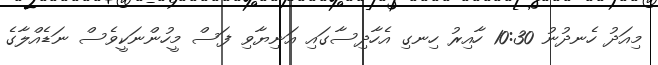
މިއަދު ހެނދުނު 10:30 ހާއިރު ހިނގި އެހާދިސާގައި އަނިޔާވި ފަސް މީހުންނަކީވެސް ނަޑެއްލާގެ